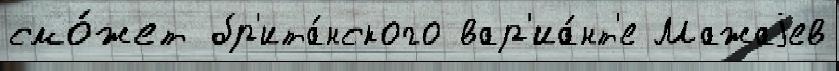
смо́жет бр'ита́нского вар'иа́нт'е Мажаjев